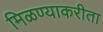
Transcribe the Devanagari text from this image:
मिळण्याकरीता